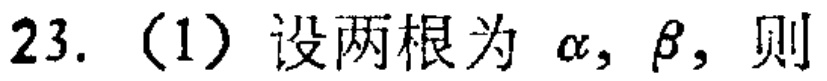
23.（1）设两根为\(\alpha,\beta\)，则